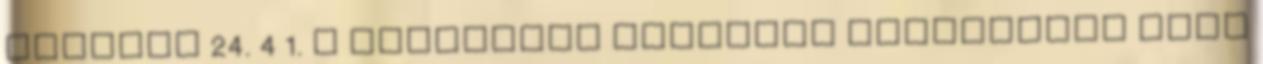
április 24. 4 1. A hátrányos helyzetű célcsoport főbb